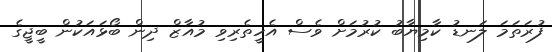
ފުރަތަމަ ލަނޑު ކާމިޔާބު ކުރުމަށް ވެސް އެހީތެރިވި މުއާޒް ދިން ބޯޅައަކުން ބީޖީގެ